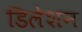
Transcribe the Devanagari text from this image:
डिलेशन